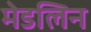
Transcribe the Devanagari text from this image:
मेडलिन